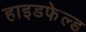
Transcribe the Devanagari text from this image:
हाइडफेल्ड